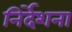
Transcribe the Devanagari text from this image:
निर्देशना